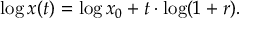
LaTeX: \log x ( t ) = \log x _ { 0 } + t \cdot \log ( 1 + r ) .